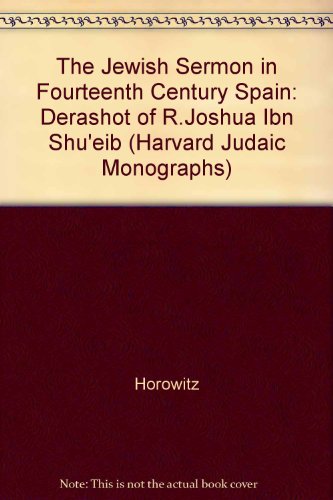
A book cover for The Jewish Sermon in 14th-Century Spain: The Derashot of R. Joshua ibn Shu'eib (Harvard Judaic Monographs); Carmi Horowitz; Religion & Spirituality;